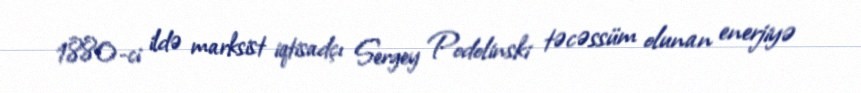
1880-ci ildə marksist iqtisadçı Sergey Podolinski təcəssüm olunan enerjiyə